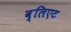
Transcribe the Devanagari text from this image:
व्लिएट